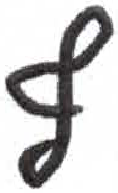
אות: ף